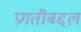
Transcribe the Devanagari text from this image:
प्रगतीबद्दल